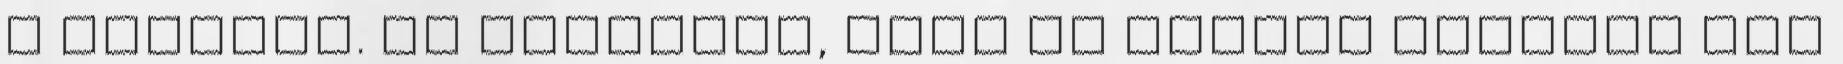
a kezében. És tekintve, hogy az idióta kalapja már